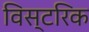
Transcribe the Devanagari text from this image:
विस्टरिक